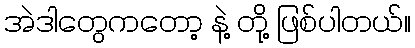
အဲဒါတွေကတော့ နဲ့ တို့ ဖြစ်ပါတယ်။